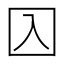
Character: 𡆣